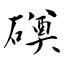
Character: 磸